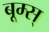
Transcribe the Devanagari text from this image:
बूम्स्